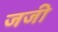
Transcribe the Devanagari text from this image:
जजी